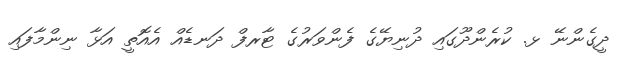
ދީގެންނޭ ޅ. ކުރެންދޫގައި ދުނިޔޭގެ ފެންވަރުގެ ޓާރފް ދަނޑެއް އެއޮތީ އަޅާ ނިންމާފައި